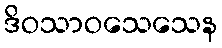
ဒိဝသာဝသေသေန